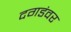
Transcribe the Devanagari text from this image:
दगडंवर